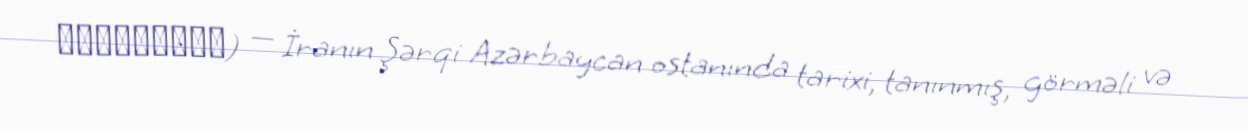
گۆندوْغان) — İranın Şərqi Azərbaycan ostanında tarixi, tanınmış, görməli və